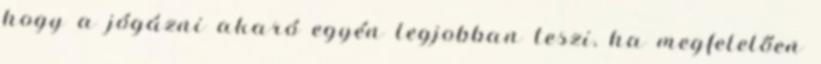
hogy a jógázni akaró egyén legjobban teszi, ha megfelelően